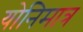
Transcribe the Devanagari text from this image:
योनिमात्र